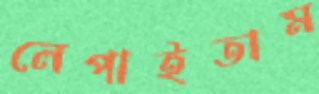
লেপাইতাম